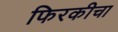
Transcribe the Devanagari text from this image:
फिरकीचा